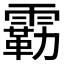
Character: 𫕬